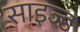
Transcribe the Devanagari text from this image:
साइज्ड